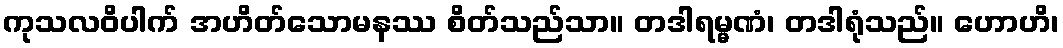
ကုသလဝိပါက် အဟိတ်သောမနဿ စိတ်သည်သာ။ တဒါရမ္မဏံ၊ တဒါရုံသည်။ ဟောဟိ၊